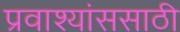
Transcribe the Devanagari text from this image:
प्रवाश्यांससाठी